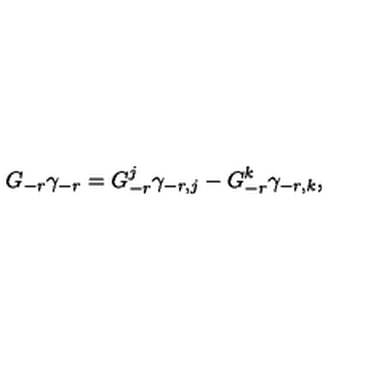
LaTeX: G _ { - r } \gamma _ { - r } = G _ { - r } ^ { j } \gamma _ { - r , j } - G _ { - r } ^ { k } \gamma _ { - r , k } ,